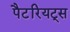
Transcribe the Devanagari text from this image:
पैटरियट्स